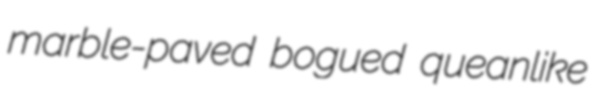
marble-paved bogued queanlike